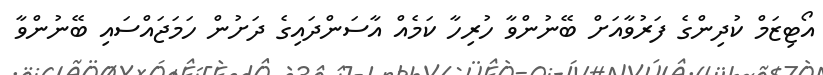
އޯޓިޒަމް ކުދިންގެ ފަރުވާއަށް ބޭނުންވާ ހުރިހާ ކަމެއް އާސަންދައިގެ ދަށުން ހަމަޖައްސައި ބޭނުންވާ